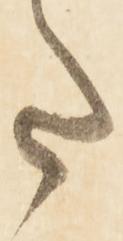
た